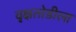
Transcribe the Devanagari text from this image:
वृक्षतोडीला